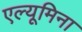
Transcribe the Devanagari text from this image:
एल्यूमिना